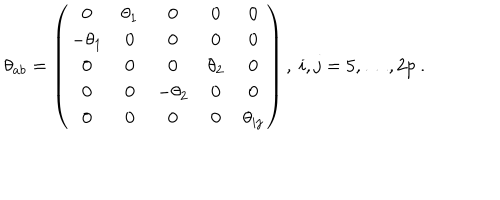
LaTeX: \theta _ { a b } = \left( \begin{array} { c c c c c } { { 0 } } & { { \theta _ { 1 } } } & { { 0 } } & { { 0 } } & { { 0 } } \\ { { - \theta _ { 1 } } } & { { 0 } } & { { 0 } } & { { 0 } } & { { 0 } } \\ { { 0 } } & { { 0 } } & { { 0 } } & { { \theta _ { 2 } } } & { { 0 } } \\ { { 0 } } & { { 0 } } & { { - \theta _ { 2 } } } & { { 0 } } & { { 0 } } \\ { { 0 } } & { { 0 } } & { { 0 } } & { { 0 } } & { { \theta _ { i j } } } \\ \end{array} \right) , \ i , j = 5 , \dots , 2 p \ .